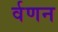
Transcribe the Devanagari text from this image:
र्वणन